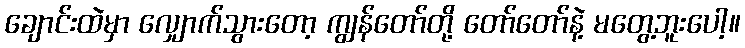
ချောင်းထဲမှာ လျှောက်သွားတော့ ကျွန်တော်တို့ တော်တော်နဲ့ မတွေ့ဘူးပေါ့။